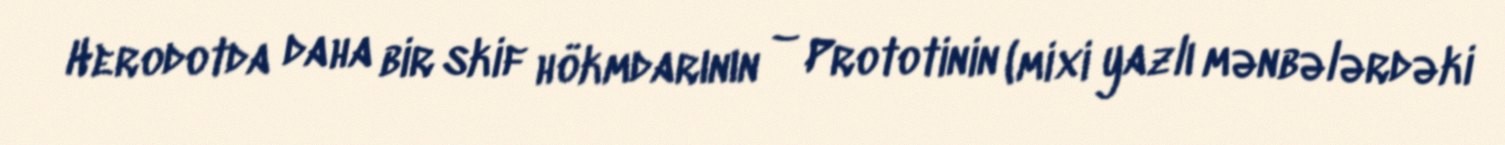
Herodotda daha bir skif hökmdarının – Prototinin (mixi yazlı mənbələrdəki